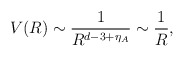
\begin{align*}V(R)\sim \frac{1}{R^{d-3+\eta_A}}\sim\frac{1}{R},\end{align*}